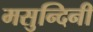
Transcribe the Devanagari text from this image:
मसुन्दिनी